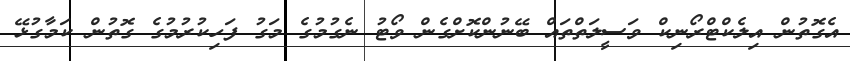
އެގޮތުން އިލެކްޓްރޯނިކް ވަސީލަތްތައް ބޭނުންކޮށްގެން ވޯޓު ނެގުމުގެ މަގު ފަހިކުރުމުގެ ގޮތުން ކަމާގުޅޭ